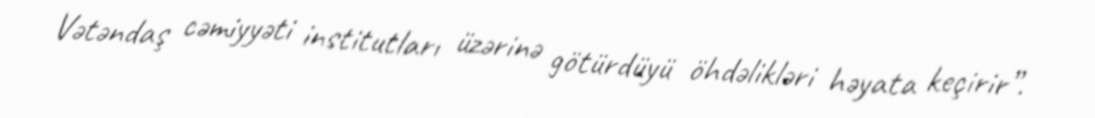
Vətəndaş cəmiyyəti institutları üzərinə götürdüyü öhdəlikləri həyata keçirir”.